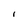
Character: I